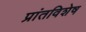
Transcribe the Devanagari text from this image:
प्रांतविशेष